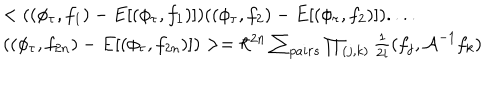
LaTeX: \begin{array} { l } { { < ( ( \phi _ { \tau } , f _ { 1 } ) - E [ ( \phi _ { \tau } , f _ { 1 } ) ] ) ( ( \phi _ { \tau } , f _ { 2 } ) - E [ ( \phi _ { \tau } , f _ { 2 } ) ] ) . . . . } } \\ { { ( ( \phi _ { \tau } , f _ { 2 n } ) - E [ ( \phi _ { \tau } , f _ { 2 n } ) ] ) > = \hbar ^ { 2 n } \sum _ { p a i r s } \prod _ { ( j , k ) } \frac { 1 } { 2 i } ( f _ { j } , { \cal A } ^ { - 1 } f _ { k } ) } } \\ \end{array}